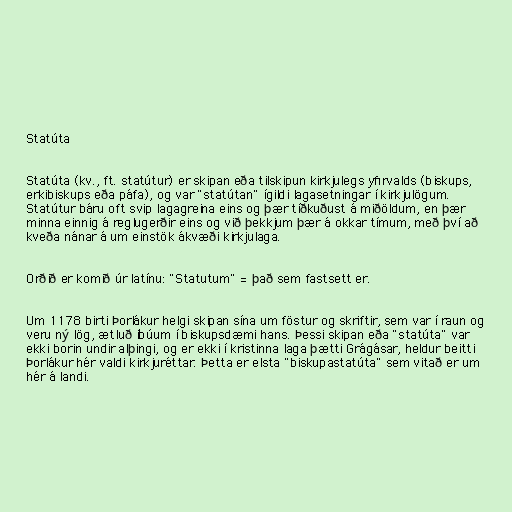
Statúta

Statúta (kv., ft. statútur) er skipan eða tilskipun kirkjulegs yfirvalds (biskups,
erkibiskups eða páfa), og var "statútan" ígildi lagasetningar í kirkjulögum.
Statútur báru oft svip lagagreina eins og þær tíðkuðust á miðöldum, en þær
minna einnig á reglugerðir eins og við þekkjum þær á okkar tímum, með því að
kveða nánar á um einstök ákvæði kirkjulaga.

Orðið er komið úr latínu: "Statutum" = það sem fastsett er.

Um 1178 birti Þorlákur helgi skipan sína um föstur og skriftir, sem var í raun og
veru ný lög, ætluð íbúum í biskupsdæmi hans. Þessi skipan eða "statúta" var
ekki borin undir alþingi, og er ekki í kristinna laga þætti Grágásar, heldur beitti
Þorlákur hér valdi kirkjuréttar. Þetta er elsta "biskupastatúta" sem vitað er um
hér á landi.